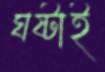
ঘষ্‌টাই